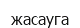
жасауга